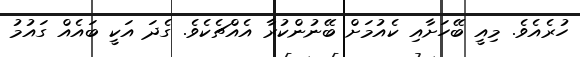
ހުރެއެވެ. މިއީ ބޭހަށާއި ކެއުމަށް ބޭނުންކުރާ އެއްޗެކެވެ. ގެދަ އަކީ ބައެއް ގައުމު